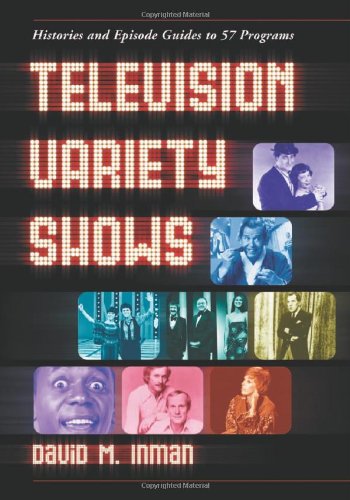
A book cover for Television Variety Shows: Histories and Episode Guides to 57 Programs; David M. Inman; Humor & Entertainment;